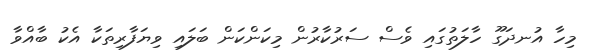
މިހާ އުނދަގޫ ހާލަތުގައި ވެސް ސަރުކާރުން މިކަންކަން ބަލައި ވިޔަފާރިތަކާ އެކު ބާއްވާ